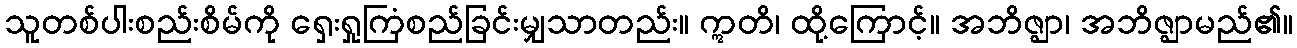
သူတစ်ပါးစည်းစိမ်ကို ရှေးရှုကြံစည်ခြင်းမျှသာတည်း။ ဣတိ၊ ထို့ကြောင့်။ အဘိဇ္ဈာ၊ အဘိဇ္ဈာမည်၏။